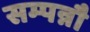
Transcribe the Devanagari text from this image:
सम्पन्नौ